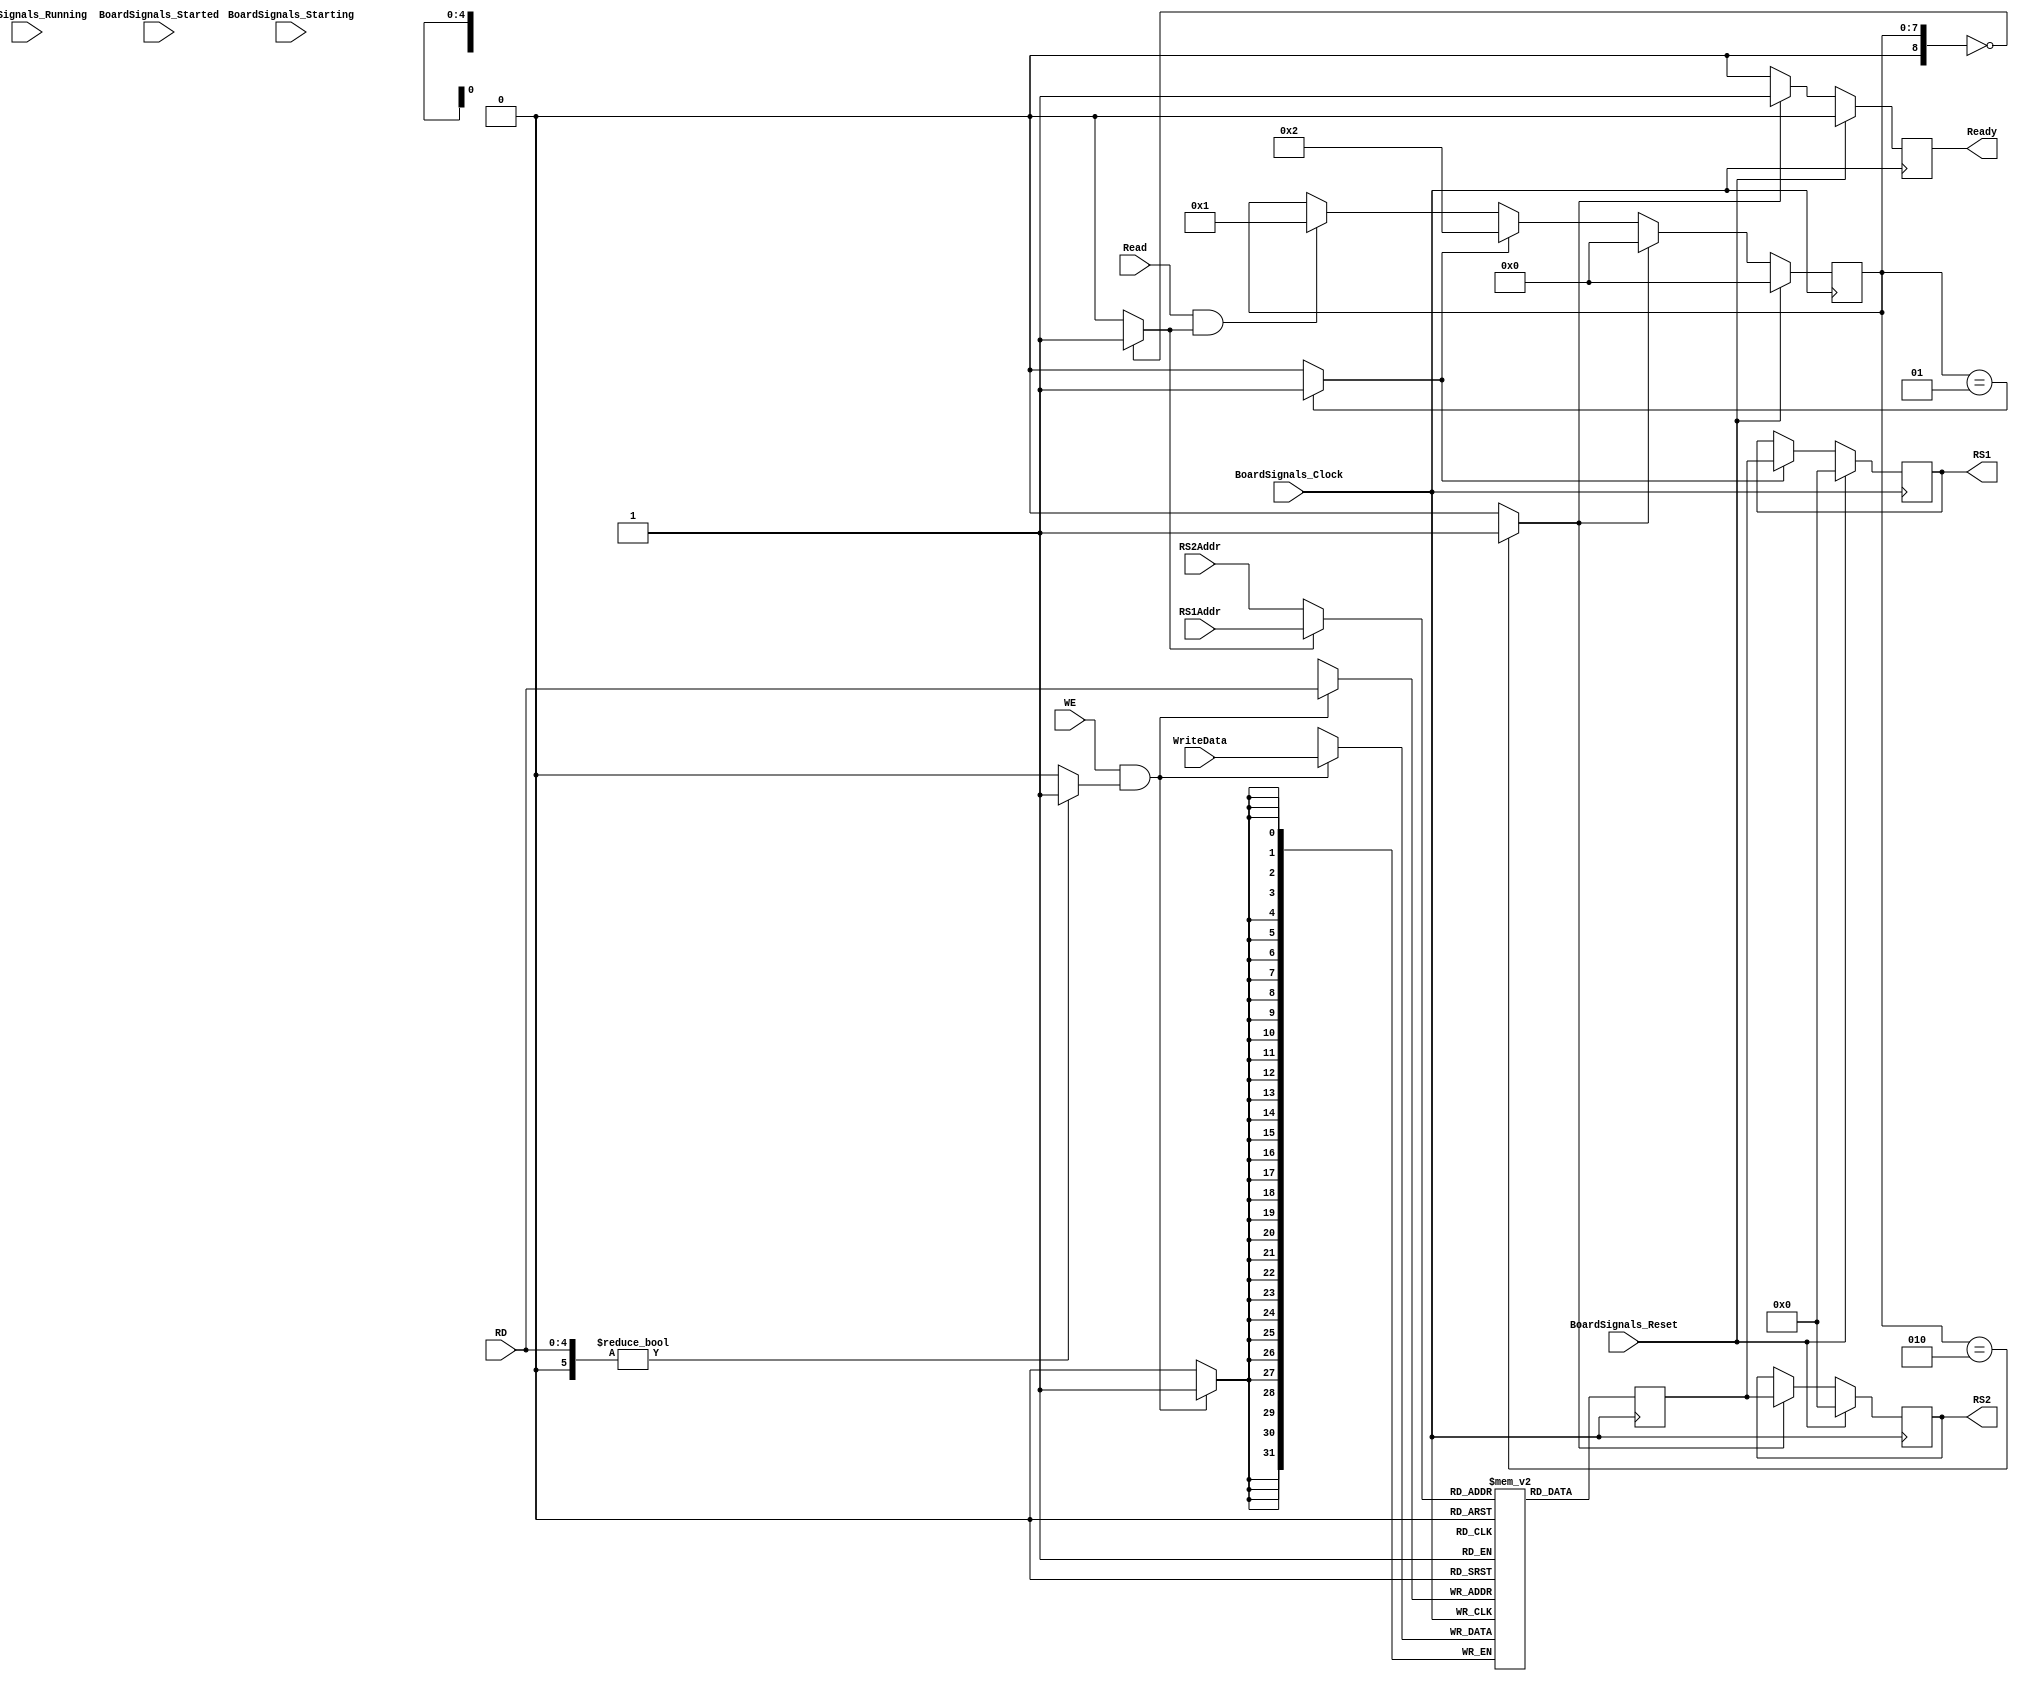
`timescale 1ns/1ps
`default_nettype none
// PLEASE READ THIS, IT MAY SAVE YOU SOME TIME AND MONEY, THANK YOU!
// * This file was generated by Quokka FPGA Toolkit.
// * Generated code is your property, do whatever you want with it
// * Place custom code between [BEGIN USER ***] and [END USER ***].
// * CAUTION: All code outside of [USER] scope is subject to regeneration.
// * Bad things happen sometimes in developer's life,
//   it is recommended to use source control management software (e.g. git, bzr etc) to keep your custom code safe'n'sound.
// * Internal structure of code is subject to change.
//   You can use some of signals in custom code, but most likely they will not exist in future (e.g. will get shorter or gone completely)
// * Please send your feedback, comments, improvement ideas etc. to evmuryshkin@gmail.com
// * Visit https://github.com/EvgenyMuryshkin/QuokkaEvaluation to access latest version of playground
//
// DISCLAIMER:
//   Code comes AS-IS, it is your responsibility to make sure it is working as expected
//   no responsibility will be taken for any loss or damage caused by use of Quokka toolkit.
//
// System configuration name is AXISoCDualCoreModule_TopLevel_CPU0_CPU_Regs, clock frequency is 1Hz, Embedded
// FSM summary
// -- Packages
module AXISoCDualCoreModule_TopLevel_CPU0_CPU_Regs
(
	// [BEGIN USER PORTS]
	// [END USER PORTS]
	input wire BoardSignals_Clock,
	input wire BoardSignals_Reset,
	input wire BoardSignals_Running,
	input wire BoardSignals_Starting,
	input wire BoardSignals_Started,
	input wire [4:0] RD,
	input wire Read,
	input wire [4:0] RS1Addr,
	input wire [4:0] RS2Addr,
	input wire WE,
	input wire [31:0] WriteData,
	output wire Ready,
	output wire [31:0] RS1,
	output wire [31:0] RS2
);
	// [BEGIN USER SIGNALS]
	// [END USER SIGNALS]
	localparam HiSignal = 1'b1;
	localparam LoSignal = 1'b0;
	wire Zero = 1'b0;
	wire One = 1'b1;
	wire true = 1'b1;
	wire false = 1'b0;
	wire RegistersRAMModule_L25F9L53T10_RegistersRAMModule_L26F45T46_Expr = 1'b0;
	wire RegistersRAMModule_L25F9L53T10_RegistersRAMModule_L27F48T49_Expr = 1'b0;
	wire RegistersRAMModule_L25F9L53T10_RegistersRAMModule_L34F31T36_Expr = 1'b0;
	wire RegistersRAMModule_L25F9L53T10_RegistersRAMModule_L36F46T47_Expr = 1'b0;
	wire RegistersRAMModule_L25F9L53T10_RegistersRAMModule_L37F13L39T14_RegistersRAMModule_L38F34T35_Expr = 1'b1;
	wire RegistersRAMModule_L25F9L53T10_RegistersRAMModule_L41F31T32_Expr = 1'b1;
	wire [1: 0] RegistersRAMModule_L25F9L53T10_RegistersRAMModule_L42F13L45T14_RegistersRAMModule_L43F34T35_Expr = 2'b10;
	wire [1: 0] RegistersRAMModule_L25F9L53T10_RegistersRAMModule_L47F31T32_Expr = 2'b10;
	wire RegistersRAMModule_L25F9L53T10_RegistersRAMModule_L48F13L52T14_RegistersRAMModule_L49F35T39_Expr = 1'b1;
	wire RegistersRAMModule_L25F9L53T10_RegistersRAMModule_L48F13L52T14_RegistersRAMModule_L50F34T35_Expr = 1'b0;
	wire [4: 0] Inputs_RD;
	wire Inputs_Read;
	wire [4: 0] Inputs_RS1Addr;
	wire [4: 0] Inputs_RS2Addr;
	wire Inputs_WE;
	wire [31: 0] Inputs_WriteData;
	reg [7: 0] NextState_Mode;
	reg NextState_Ready;
	reg [31: 0] NextState_RS1;
	reg [31: 0] NextState_RS2;
	wire [4: 0] RegistersRAMModule_L25F9L53T10_RegistersRAMModule_L26F31T80_WhenTrue;
	wire [4: 0] RegistersRAMModule_L25F9L53T10_RegistersRAMModule_L26F31T80_WhenFalse;
	wire [4: 0] RegistersRAMModule_L25F9L53T10_RegistersRAMModule_L26F31T80_Ternary;
	reg [4: 0] RegistersRAMModule_L25F9L53T10_readAddress;
	reg RegistersRAMModule_L25F9L53T10_we;
	reg [7: 0] State_Mode = 8'b00000000;
	wire [7: 0] State_ModeDefault = 8'b00000000;
	reg [31: 0] State_ReadData;
	reg State_Ready = 1'b0;
	wire State_ReadyDefault = 1'b0;
	reg [31: 0] State_RS1 = 32'b00000000000000000000000000000000;
	wire [31: 0] State_RS1Default = 32'b00000000000000000000000000000000;
	reg [31: 0] State_RS2 = 32'b00000000000000000000000000000000;
	wire [31: 0] State_RS2Default = 32'b00000000000000000000000000000000;
	wire RegistersRAMModule_L25F9L53T10_RegistersRAMModule_L27F22T49_Expr;
	wire RegistersRAMModule_L25F9L53T10_RegistersRAMModule_L27F22T49_Expr_1;
	wire RegistersRAMModule_L25F9L53T10_RegistersRAMModule_L27F22T49_Expr_2;
	wire RegistersRAMModule_L25F9L53T10_RegistersRAMModule_L36F17T47_Expr;
	wire RegistersRAMModule_L25F9L53T10_RegistersRAMModule_L36F17T47_Expr_1;
	wire RegistersRAMModule_L25F9L53T10_RegistersRAMModule_L36F17T47_Expr_2;
	wire RegistersRAMModule_L25F9L53T10_RegistersRAMModule_L26F31T46_Expr;
	wire signed [8: 0] RegistersRAMModule_L25F9L53T10_RegistersRAMModule_L26F31T46_ExprLhs;
	wire signed [8: 0] RegistersRAMModule_L25F9L53T10_RegistersRAMModule_L26F31T46_ExprRhs;
	wire RegistersRAMModule_L25F9L53T10_RegistersRAMModule_L27F35T49_Expr;
	wire signed [5: 0] RegistersRAMModule_L25F9L53T10_RegistersRAMModule_L27F35T49_ExprLhs;
	wire signed [5: 0] RegistersRAMModule_L25F9L53T10_RegistersRAMModule_L27F35T49_ExprRhs;
	wire RegistersRAMModule_L25F9L53T10_RegistersRAMModule_L36F32T47_Expr;
	wire signed [8: 0] RegistersRAMModule_L25F9L53T10_RegistersRAMModule_L36F32T47_ExprLhs;
	wire signed [8: 0] RegistersRAMModule_L25F9L53T10_RegistersRAMModule_L36F32T47_ExprRhs;
	wire RegistersRAMModule_L25F9L53T10_RegistersRAMModule_L41F17T32_Expr;
	wire signed [8: 0] RegistersRAMModule_L25F9L53T10_RegistersRAMModule_L41F17T32_ExprLhs;
	wire signed [8: 0] RegistersRAMModule_L25F9L53T10_RegistersRAMModule_L41F17T32_ExprRhs;
	wire RegistersRAMModule_L25F9L53T10_RegistersRAMModule_L47F17T32_Expr;
	wire signed [8: 0] RegistersRAMModule_L25F9L53T10_RegistersRAMModule_L47F17T32_ExprLhs;
	wire signed [8: 0] RegistersRAMModule_L25F9L53T10_RegistersRAMModule_L47F17T32_ExprRhs;
	integer State_x_Iterator;
	reg [31 : 0] State_x [0 : 31];
	initial
	begin : Init_State_x
		for (State_x_Iterator = 0; State_x_Iterator < 32; State_x_Iterator = State_x_Iterator + 1)
			State_x[State_x_Iterator] = 0;
	end
	// inferred simple dual port RAM with read-first behaviour
	always @ (posedge BoardSignals_Clock)
	begin
		if (RegistersRAMModule_L25F9L53T10_we)
		begin
			State_x[Inputs_RD] <= Inputs_WriteData;
		end
		State_ReadData <= State_x[RegistersRAMModule_L25F9L53T10_readAddress];
	end
	always @ (posedge BoardSignals_Clock)
	begin
		if ((BoardSignals_Reset == 1))
		begin
			State_Mode <= State_ModeDefault;
			State_Ready <= State_ReadyDefault;
			State_RS1 <= State_RS1Default;
			State_RS2 <= State_RS2Default;
		end
		else
		begin
			State_Mode <= NextState_Mode;
			State_Ready <= NextState_Ready;
			State_RS1 <= NextState_RS1;
			State_RS2 <= NextState_RS2;
		end
	end
	assign RegistersRAMModule_L25F9L53T10_RegistersRAMModule_L26F31T46_Expr = RegistersRAMModule_L25F9L53T10_RegistersRAMModule_L26F31T46_ExprLhs == RegistersRAMModule_L25F9L53T10_RegistersRAMModule_L26F31T46_ExprRhs ? 1'b1 : 1'b0;
	assign RegistersRAMModule_L25F9L53T10_RegistersRAMModule_L27F35T49_Expr = RegistersRAMModule_L25F9L53T10_RegistersRAMModule_L27F35T49_ExprLhs != RegistersRAMModule_L25F9L53T10_RegistersRAMModule_L27F35T49_ExprRhs ? 1'b1 : 1'b0;
	assign RegistersRAMModule_L25F9L53T10_RegistersRAMModule_L36F32T47_Expr = RegistersRAMModule_L25F9L53T10_RegistersRAMModule_L36F32T47_ExprLhs == RegistersRAMModule_L25F9L53T10_RegistersRAMModule_L36F32T47_ExprRhs ? 1'b1 : 1'b0;
	assign RegistersRAMModule_L25F9L53T10_RegistersRAMModule_L41F17T32_Expr = RegistersRAMModule_L25F9L53T10_RegistersRAMModule_L41F17T32_ExprLhs == RegistersRAMModule_L25F9L53T10_RegistersRAMModule_L41F17T32_ExprRhs ? 1'b1 : 1'b0;
	assign RegistersRAMModule_L25F9L53T10_RegistersRAMModule_L47F17T32_Expr = RegistersRAMModule_L25F9L53T10_RegistersRAMModule_L47F17T32_ExprLhs == RegistersRAMModule_L25F9L53T10_RegistersRAMModule_L47F17T32_ExprRhs ? 1'b1 : 1'b0;
	assign RegistersRAMModule_L25F9L53T10_RegistersRAMModule_L27F22T49_Expr = RegistersRAMModule_L25F9L53T10_RegistersRAMModule_L27F22T49_Expr_1 & RegistersRAMModule_L25F9L53T10_RegistersRAMModule_L27F22T49_Expr_2;
	assign RegistersRAMModule_L25F9L53T10_RegistersRAMModule_L36F17T47_Expr = RegistersRAMModule_L25F9L53T10_RegistersRAMModule_L36F17T47_Expr_1 & RegistersRAMModule_L25F9L53T10_RegistersRAMModule_L36F17T47_Expr_2;
	assign RegistersRAMModule_L25F9L53T10_RegistersRAMModule_L26F31T80_Ternary = (RegistersRAMModule_L25F9L53T10_RegistersRAMModule_L26F31T46_Expr ? RegistersRAMModule_L25F9L53T10_RegistersRAMModule_L26F31T80_WhenTrue : RegistersRAMModule_L25F9L53T10_RegistersRAMModule_L26F31T80_WhenFalse);
	always @ (*)
	begin
		NextState_Mode = State_Mode;
		NextState_Ready = State_Ready;
		NextState_RS1 = State_RS1;
		NextState_RS2 = State_RS2;
		RegistersRAMModule_L25F9L53T10_readAddress = {
			{4{1'b0}},
			Zero
		}
		;
		RegistersRAMModule_L25F9L53T10_we = Zero;
		RegistersRAMModule_L25F9L53T10_readAddress = RegistersRAMModule_L25F9L53T10_RegistersRAMModule_L26F31T80_Ternary;
		RegistersRAMModule_L25F9L53T10_we = RegistersRAMModule_L25F9L53T10_RegistersRAMModule_L27F22T49_Expr;
		NextState_Ready = RegistersRAMModule_L25F9L53T10_RegistersRAMModule_L34F31T36_Expr;
		if ((RegistersRAMModule_L25F9L53T10_RegistersRAMModule_L36F17T47_Expr == 1))
		begin
			NextState_Mode = {
				{7{1'b0}},
				RegistersRAMModule_L25F9L53T10_RegistersRAMModule_L37F13L39T14_RegistersRAMModule_L38F34T35_Expr
			}
			;
		end
		if ((RegistersRAMModule_L25F9L53T10_RegistersRAMModule_L41F17T32_Expr == 1))
		begin
			NextState_Mode = {
				{6{1'b0}},
				RegistersRAMModule_L25F9L53T10_RegistersRAMModule_L42F13L45T14_RegistersRAMModule_L43F34T35_Expr
			}
			;
			NextState_RS1 = State_ReadData;
		end
		if ((RegistersRAMModule_L25F9L53T10_RegistersRAMModule_L47F17T32_Expr == 1))
		begin
			NextState_Ready = RegistersRAMModule_L25F9L53T10_RegistersRAMModule_L48F13L52T14_RegistersRAMModule_L49F35T39_Expr;
			NextState_Mode = {
				{7{1'b0}},
				RegistersRAMModule_L25F9L53T10_RegistersRAMModule_L48F13L52T14_RegistersRAMModule_L50F34T35_Expr
			}
			;
			NextState_RS2 = State_ReadData;
		end
	end
	assign RegistersRAMModule_L25F9L53T10_RegistersRAMModule_L26F31T46_ExprLhs = {
		1'b0,
		State_Mode
	}
	;
	assign RegistersRAMModule_L25F9L53T10_RegistersRAMModule_L26F31T46_ExprRhs = {
		{8{1'b0}},
		RegistersRAMModule_L25F9L53T10_RegistersRAMModule_L26F45T46_Expr
	}
	;
	assign RegistersRAMModule_L25F9L53T10_RegistersRAMModule_L27F35T49_ExprLhs = {
		1'b0,
		Inputs_RD
	}
	;
	assign RegistersRAMModule_L25F9L53T10_RegistersRAMModule_L27F35T49_ExprRhs = {
		{5{1'b0}},
		RegistersRAMModule_L25F9L53T10_RegistersRAMModule_L27F48T49_Expr
	}
	;
	assign RegistersRAMModule_L25F9L53T10_RegistersRAMModule_L36F32T47_ExprLhs = {
		1'b0,
		State_Mode
	}
	;
	assign RegistersRAMModule_L25F9L53T10_RegistersRAMModule_L36F32T47_ExprRhs = {
		{8{1'b0}},
		RegistersRAMModule_L25F9L53T10_RegistersRAMModule_L36F46T47_Expr
	}
	;
	assign RegistersRAMModule_L25F9L53T10_RegistersRAMModule_L41F17T32_ExprLhs = {
		1'b0,
		State_Mode
	}
	;
	assign RegistersRAMModule_L25F9L53T10_RegistersRAMModule_L41F17T32_ExprRhs = {
		{8{1'b0}},
		RegistersRAMModule_L25F9L53T10_RegistersRAMModule_L41F31T32_Expr
	}
	;
	assign RegistersRAMModule_L25F9L53T10_RegistersRAMModule_L47F17T32_ExprLhs = {
		1'b0,
		State_Mode
	}
	;
	assign RegistersRAMModule_L25F9L53T10_RegistersRAMModule_L47F17T32_ExprRhs = {
		{7{1'b0}},
		RegistersRAMModule_L25F9L53T10_RegistersRAMModule_L47F31T32_Expr
	}
	;
	assign RegistersRAMModule_L25F9L53T10_RegistersRAMModule_L27F22T49_Expr_1 = Inputs_WE;
	assign RegistersRAMModule_L25F9L53T10_RegistersRAMModule_L27F22T49_Expr_2 = RegistersRAMModule_L25F9L53T10_RegistersRAMModule_L27F35T49_Expr;
	assign RegistersRAMModule_L25F9L53T10_RegistersRAMModule_L36F17T47_Expr_1 = Inputs_Read;
	assign RegistersRAMModule_L25F9L53T10_RegistersRAMModule_L36F17T47_Expr_2 = RegistersRAMModule_L25F9L53T10_RegistersRAMModule_L36F32T47_Expr;
	assign Inputs_RD = RD;
	assign Inputs_Read = Read;
	assign Inputs_RS1Addr = RS1Addr;
	assign Inputs_RS2Addr = RS2Addr;
	assign Inputs_WE = WE;
	assign Inputs_WriteData = WriteData;
	assign RegistersRAMModule_L25F9L53T10_RegistersRAMModule_L26F31T80_WhenTrue = Inputs_RS1Addr;
	assign RegistersRAMModule_L25F9L53T10_RegistersRAMModule_L26F31T80_WhenFalse = Inputs_RS2Addr;
	assign Ready = State_Ready;
	assign RS1 = State_RS1;
	assign RS2 = State_RS2;
	// [BEGIN USER ARCHITECTURE]
	// [END USER ARCHITECTURE]
endmodule